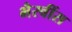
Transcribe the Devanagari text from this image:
भैरवींस